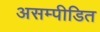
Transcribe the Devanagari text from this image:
असम्पीडित